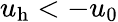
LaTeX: u_{\mathrm{h}}<-u_{0}